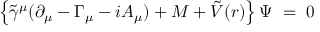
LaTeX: \left\{ { \tilde { \gamma } } ^ { \mu } ( \partial _ { \mu } - \Gamma _ { \mu } - i A _ { \mu } ) + { M } + \tilde { V } ( r ) \right\} \Psi ~ = ~ 0